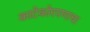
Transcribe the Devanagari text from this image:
काटेकोरपणाचा